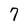
Character: 7